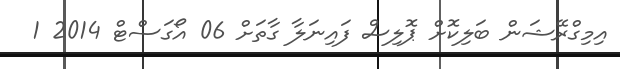
އިމިގްރޭޝަން ބަލިކޮށް ޕޮލިސް ފައިނަލާ ގާތަށް 06 އޯގަސްޓް 2014 1